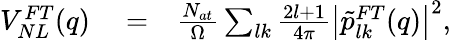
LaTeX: \begin{array}{rlr}{V_{NL}^{FT}(q)}&{{}=}&{\frac{N_{at}}{\Omega}\sum_{lk}\frac{2l+1}{4\pi}\left|\tilde{p}_{lk}^{FT}(q)\right|^{2},}\end{array}